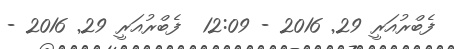
ފެބްރުއަރީ 29